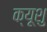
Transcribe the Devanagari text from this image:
क्यूशु